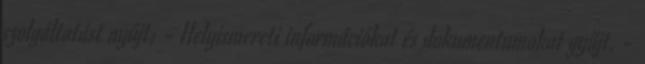
szolgáltatást nyújt; - Helyismereti információkat és dokumentumokat gyűjt. -